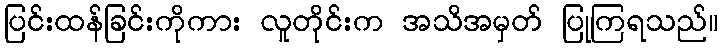
ပြင်းထန်ခြင်းကိုကား လူတိုင်းက အသိအမှတ် ပြုကြရသည်။